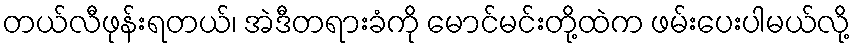
တယ်လီဖုန်းရတယ်၊ အဲဒီတရားခံကို မောင်မင်းတို့ထဲက ဖမ်းပေးပါမယ်လို့